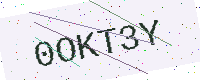
Text: 0OKT3Y